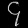
Digit: ၄